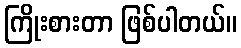
ကြိုးစားတာ ဖြစ်ပါတယ်။